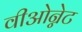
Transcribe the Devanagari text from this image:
वीओन्नेट